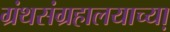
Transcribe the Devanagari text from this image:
ग्रंथसंग्रहालयाच्या़